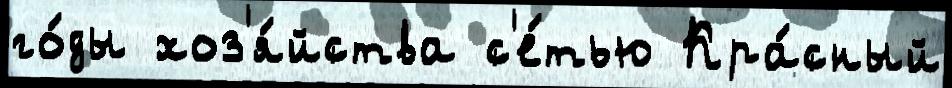
го́ды хоз'я́йства с'е́тью Кра́сный